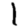
Digit: 1